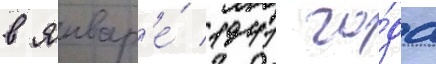
в январ'е́ 1941 го́да